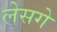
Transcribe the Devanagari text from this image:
लेसगे